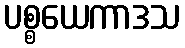
ပစ္စယေကာဒသ